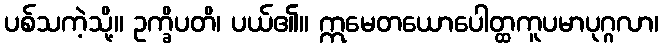
ပစ်သကဲ့သို့။ ဥက္ခိပတိ၊ ပယ်၏။ ဣမေတယောပေါတ္ထကူပမာပုဂ္ဂလာ၊